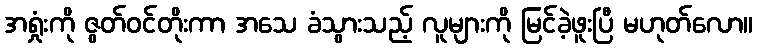
အရှုံးကို ဇွတ်ဝင်တိုးကာ အသေ ခံသွားသည့် လူများကို မြင်ခဲ့ဖူးပြီ မဟုတ်လော။